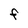
Character: F